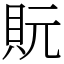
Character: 貦